Burma Government Medical School reports 1907-22
Year: 1907
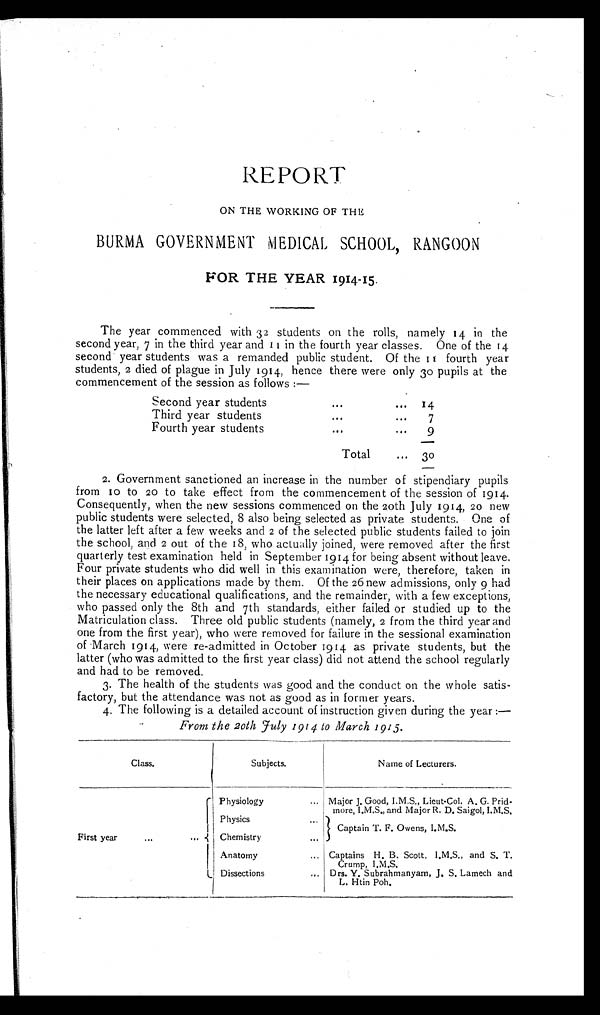
REPORT
ON THE WORKING OF THE
BURMA GOVERNMENT MEDICAL SCHOOL, RANGOON
FOR THE YEAR 1914-15.
The year commenced with 32 students on the rolls, namely 14 in the
second year, 7 in the third year and 11 in the fourth year classes. One of the 14
second year students was a remanded public student. Of the 11 fourth year
students, 2 died of plague in July 1914, hence there were only 30 pupils at the
commencement of the session as follows :—
Second year students
...
...
14
Third year students
...
...
7
Fourth year students
...
...
9
Total
...
3 0
2. Government sanctioned an increase in the number of stipendiary pupils
from 10 to 20 to take effect from the commencement of the session of 1914.
Consequently, when the new sessions commenced on the 20th July 1914, 20 new
public students were selected, 8 also being selected as private students. One of
the latter left after a few weeks and 2 of the selected public students failed to join
the school, and 2 out of the 18, who actually joined, were removed after the first
quarterly test examination held in September 1914 for being absent without leave.
Four private students who did well in this examination were, therefore, taken in
their places on applications made by them. Of the 26 new admissions, only 9 had
the necessary educational qualifications, and the remainder, with a few exceptions,
who passed only the 8th and 7th standards, either failed or studied up to the
Matriculation class. Three old public students (namely, 2 from the third year and
one from the first year), who were removed for failure in the sessional examination
of March 1914, were re-admitted in October 1914 as private students, but the
latter (who was admitted to the first year class) did not attend the school regularly
and had to be removed.
3. The health of the students was good and the conduct on the whole satis-
factory, but the attendance was not as good as in former years.
4. The following is a detailed account of instruction given during the year :—
From the 20th July 1914 to March 1915.
Class.
Subjects.
Name of Lecturers.
First year
...
...
Physiology
... Major J. Good, I.M.S., Lieut-Col. A. G. Prid-
more, I.M.S., and Major R. D. Saigol, I.M.S.
Physics ...
Captain T. F. Owens, I.M.S.
Chemistry ...
Anatomy
... Captains H. B. Scott, I.M.S., and S. T.
Crump, I.M.S.
Dissections
... Drs. V. Subrahmanyam, J. S. Lamech and
L. Htin Poh.